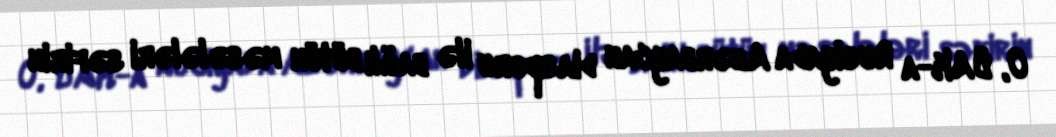
O, ÜAK-a Rusiyada Azərbaycan diasporu ilə bağlı bütün məsələləri səfirin